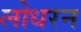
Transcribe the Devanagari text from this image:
लोधरन